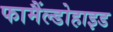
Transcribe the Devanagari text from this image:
फामैंल्डोहाइड